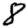
Digit: 8